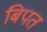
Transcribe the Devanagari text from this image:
बिपत